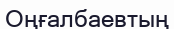
Оңғалбаевтың